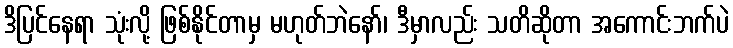
ဒိပြင်နေရာ သုံးလို့ ဖြစ်နိုင်တာမှ မဟုတ်ဘဲနော်၊ ဒီမှာလည်း သတိဆိုတာ အကောင်းဘက်ပဲ